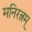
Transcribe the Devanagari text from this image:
मनिरत्नम्‌